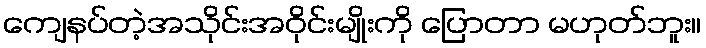
ကျေနပ်တဲ့အသိုင်းအဝိုင်းမျိုးကို ပြောတာ မဟုတ်ဘူး။